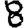
Digit: 8